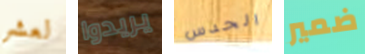
لعشر يريدوا الحدس ضمير